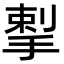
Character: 揧